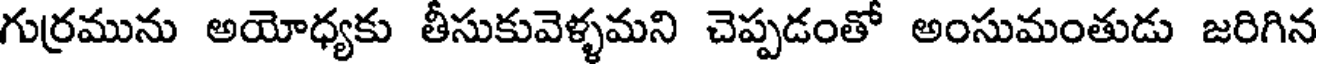
గుర్రమును అయోధ్యకు తీసుకువెళ్ళమని చెప్పడంతో అంసుమంతుడు జరిగిన